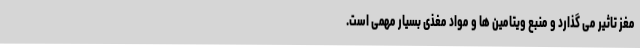
مغز تاثیر می گذارد و منبع ویتامین ها و مواد مغذی بسیار مهمی است.